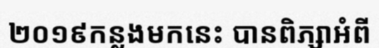
២០១៩កន្លងមកនេះ បានពិភ្សាអំពី